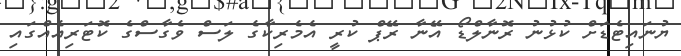
ޔުނައިޓެޑަށް ކުޅުނު ރޮނާލްޑޯ އޭނާ ރޭޕް ކުރީ އެމެރިކާގެ ލަސް ވެގާސްގެ ކޮޓަރިއެއްގައި